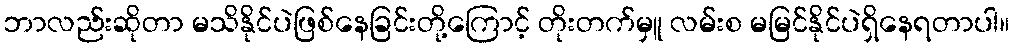
ဘာလည်းဆိုတာ မသိနိုင်ပဲဖြစ်နေခြင်းတို့ကြောင့် တိုးတက်မှူ လမ်းစ မမြင်နိုင်ပဲရှိနေရတာပါ။